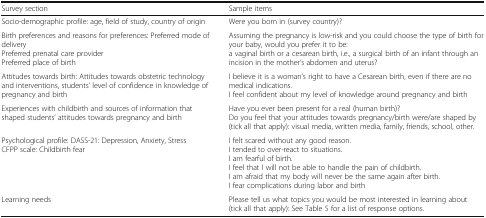
| Survey section | Sample items |
 | --- | --- |
 | Socio-demographic profile: age, field of study, country of origin | Were you born in (survey country)? |
 | Birth preferences and reasons for preferences: Preferred mode of deliveryPreferred prenatal care providerPreferred place of birth | Assuming the pregnancy is low-risk and you could choose the type of birth for your baby, would you prefer it to be:a vaginal birth or a cesarean birth, i.e., a surgical birth of an infant through an incision in the mother’s abdomen and uterus? |
 | Attitudes towards birth: Attitudes towards obstetric technology and interventions, students’ level of confidence in knowledge of pregnancy and birth | I believe it is a woman’s right to have a Cesarean birth, even if there are no medical indications.I feel confident about my level of knowledge around pregnancy and birth |
 | Experiences with childbirth and sources of information that shaped students’ attitudes towards pregnancy and birth | Have you ever been present for a real (human birth)?Do you feel that your attitudes towards pregnancy/birth were/are shaped by (tick all that apply): visual media, written media, family, friends, school, other. |
 | Psychological profile: DASS-21: Depression, Anxiety, StressCFPP scale: Childbirth fear | I felt scared without any good reason.I tended to over-react to situations.I am fearful of birth.I feel that I will not be able to handle the pain of childbirth.I am afraid that my body will never be the same again after birth.I fear complications during labor and birth |
 | Learning needs | Please tell us what topics you would be most interested in learning about (tick all that apply): See Table 5 for a list of response options. |